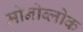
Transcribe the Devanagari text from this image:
मोनोब्लोक